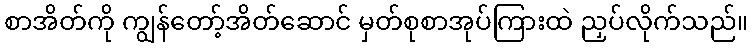
စာအိတ်ကို ကျွန်တော့်အိတ်ဆောင် မှတ်စုစာအုပ်ကြားထဲ ညှပ်လိုက်သည်။